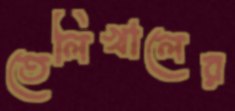
তেলিখালের